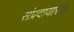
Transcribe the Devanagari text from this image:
संप्रदायासह